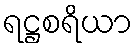
ရဋ္ဌစရိယာ